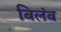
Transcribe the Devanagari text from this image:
बिलंब